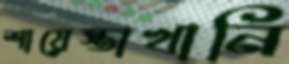
শায়েস্তাখানি